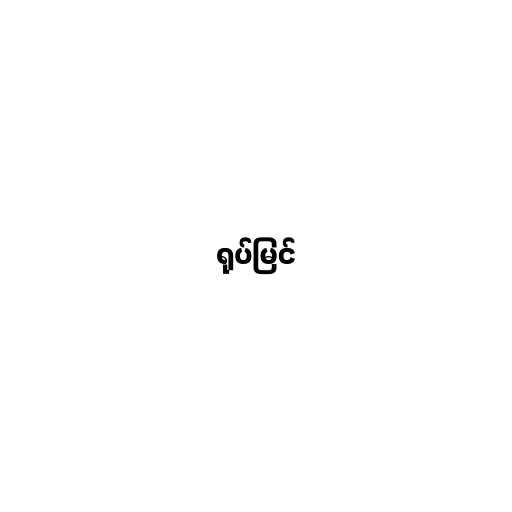
ရုပ်မြင်